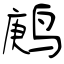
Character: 鹒